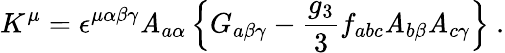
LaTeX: K^{\mu}=\epsilon^{\mu\alpha\beta\gamma}\mathit{A}_{a\alpha}\left\{ G_{a\beta\gamma}-\frac{{g_{3}}}{{3}}f_{abc}\mathit{A}_{b\beta}\mathit{A}_{c\gamma}\right\} ~.